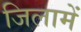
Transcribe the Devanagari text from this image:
जिलामें